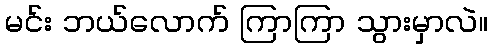
မင်း ဘယ်လောက် ကြာကြာ သွားမှာလဲ။